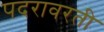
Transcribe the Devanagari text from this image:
पदरावरती